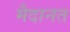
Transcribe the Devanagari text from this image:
मैदानत